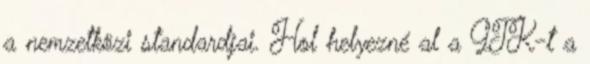
a nemzetközi standardjai. Hol helyezné al a GTK-t a